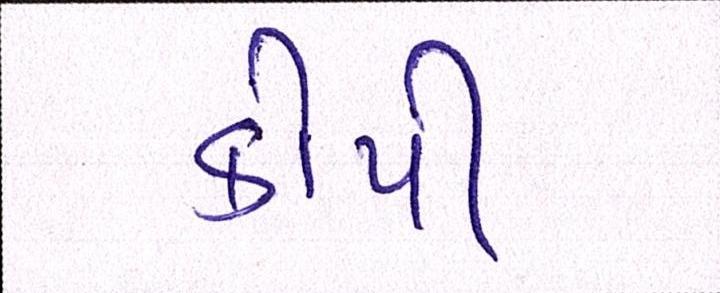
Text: કોપી